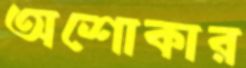
অশোকার